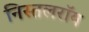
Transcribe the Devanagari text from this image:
निस्तलरॉय